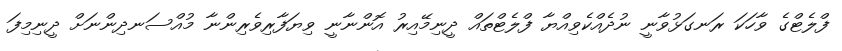
ފްލެޓްގެ ވާހަކަ ރަނގަޅުވާނީ ނުދެއްކެވިއްޔާ ފްލެޓްތައް ދީނިމޭއިރު އޮންނާނީ ވިޔަފާރިވެރިންނާ މުއްސަނދިންނަށް ދީނިމިފަ